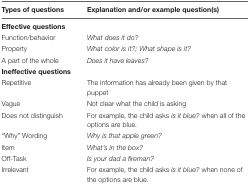
<table><thead><tr><td><b>Types of questions</b></td><td><b>Explanation and/or example question(s)</b></td></tr></thead><tbody><tr><td><b>Effective questions</b></td><td></td></tr><tr><td>Function/behavior</td><td><i>What does it do?</i></td></tr><tr><td>Property</td><td><i>What color is it?; What shape is it?</i></td></tr><tr><td>A part of the whole</td><td><i>Does it have leaves?</i></td></tr><tr><td><b>Ineffective questions</b></td><td></td></tr><tr><td>Repetitive</td><td>The information has already been given by that puppet</td></tr><tr><td>Vague</td><td>Not clear what the child is asking</td></tr><tr><td>Does not distinguish</td><td>For example, the child asks <i>is it blue?</i> when all of the options are blue.</td></tr><tr><td>“Why” Wording</td><td><i>Why is that apple green?</i></td></tr><tr><td>Item</td><td><i>What’s in the box?</i></td></tr><tr><td>Off-Task</td><td><i>Is your dad a fireman?</i></td></tr><tr><td>Irrelevant</td><td>For example, the child asks <i>is it blue?</i> when none of the options are blue.</td></tr></tbody></table>